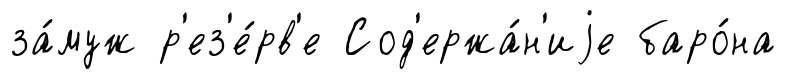
за́муж р'ез'е́рв'е Сод'ержа́н'иjе баро́на